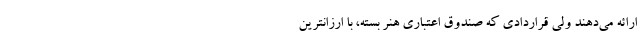
ارائه می‌دهند ولی قراردادی که صندوق اعتباری هنر بسته، با ارزانترین